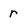
Character: r